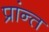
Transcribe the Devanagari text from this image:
प्रांन्त